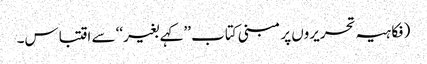
(فکاہیہ تحریروں پر مبنی کتاب ’’کہے بغیر‘‘ سے اقتباس۔